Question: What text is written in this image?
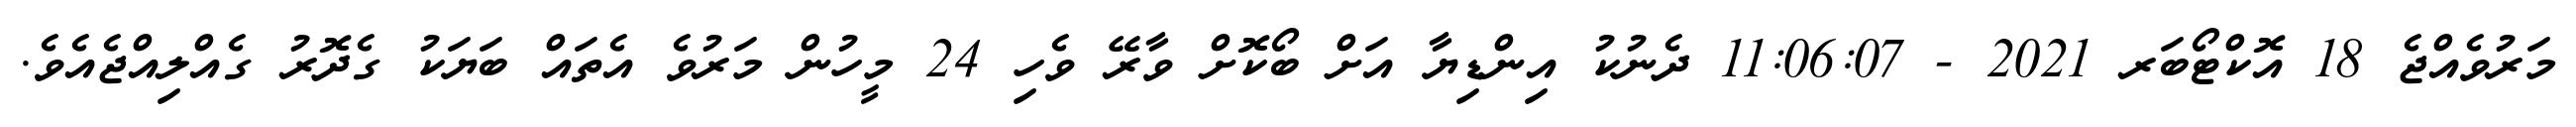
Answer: މަރުވެއްޖެ 18 އޮކްޓޯބަރ 2021 - 11:06:07 ދެނުކު އިންޑިޔާ އަށް ބޯކޮށް ވާރޭ ވެހި 24 މީހުން މަރުވެ އެތައް ބަޔަކު ގެދޮރު ގެއްލިއްޖެއެވެ.